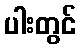
ပါးတွင်